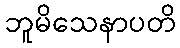
ဘူမိသေနာပတိ